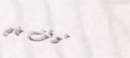
موقف خاص